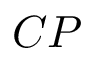
C P